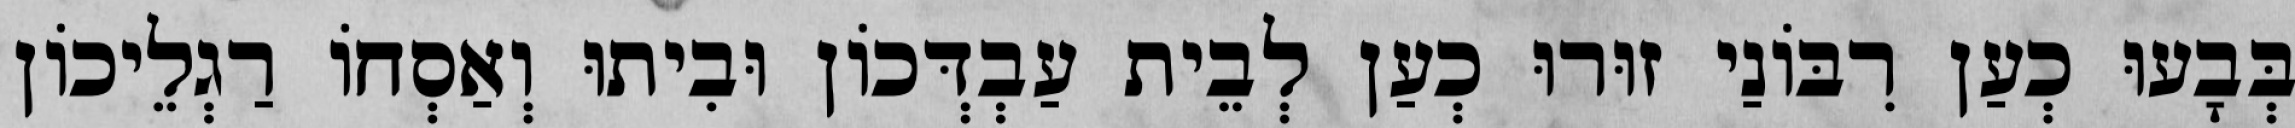
בְּבָעוּ כְעַן רִבּוֹנַי זוּרוּ כְעַן לְבֵית עַבְדְּכוֹן וּבִיתוּ וְאַסְחוֹ רַגְלֵיכוֹן